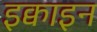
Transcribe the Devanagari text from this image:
इक्वाइन